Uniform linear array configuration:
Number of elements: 12
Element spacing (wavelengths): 0.25
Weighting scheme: kaiser
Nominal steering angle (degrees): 45
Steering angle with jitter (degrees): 46.612
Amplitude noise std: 0.05
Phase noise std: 0.05

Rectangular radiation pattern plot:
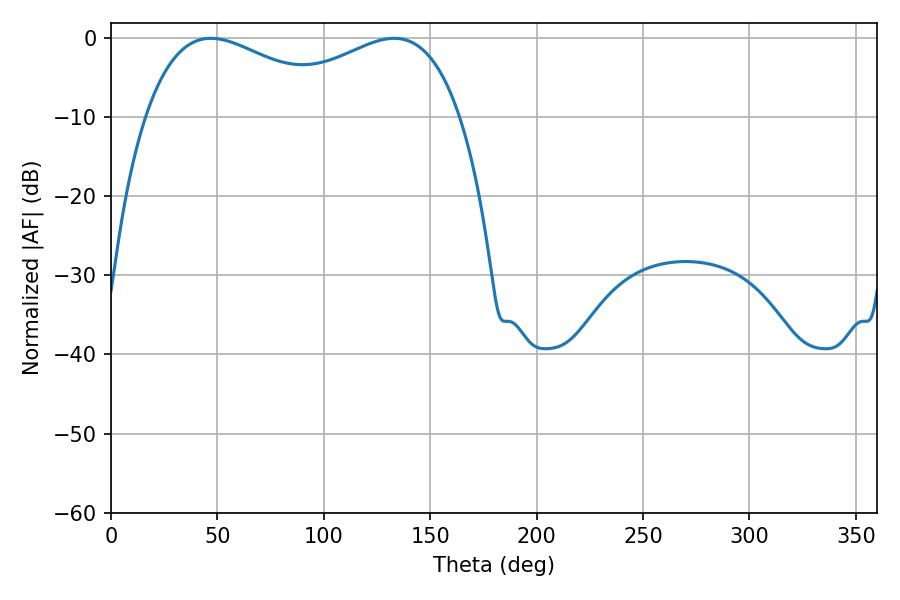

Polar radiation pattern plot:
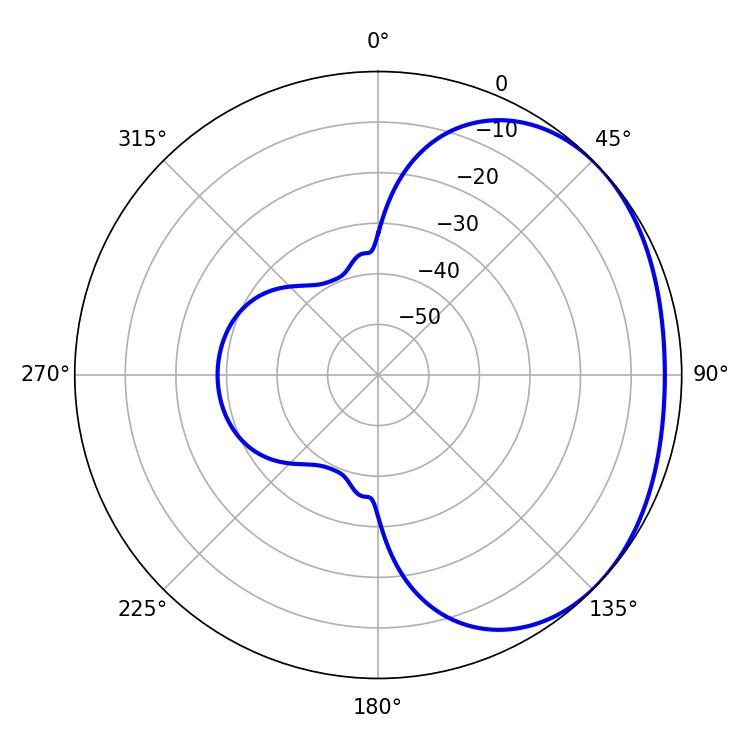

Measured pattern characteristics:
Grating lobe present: FALSE
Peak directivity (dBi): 1.853
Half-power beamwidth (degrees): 52.2
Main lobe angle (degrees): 46.98